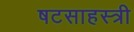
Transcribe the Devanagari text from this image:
षटसाहस्त्री